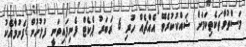
މަސްތުވާތަކެތިކަމަށް ޝައްކުކުރެވޭ އެއްޗެއް ހުރި 6 ރަބަރު ޕެކެޓް ފެނިފައިވަނީ ފުލުހުން ފެނުމާއެކު